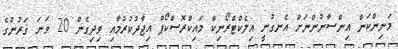
މަނިންކަން އިންސާނުންނަށް އެނގުނީ އިލެކްޓްރޯނިކް މައިކްރޮސްކޯޕް އިޖާދުކުރުމާއި ވިދިގެން 20 ވަނަ ޤަރުނުގެ